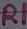
Text: R1